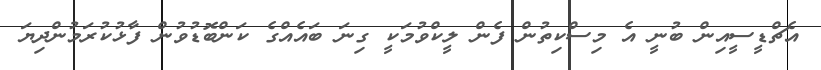
އެޗްޑީސީއިން ބުނީ އެ މިސްކިތުން ފެން ލީކްވުމަކީ ގިނަ ބައެއްގެ ކަންބޮޑުވުން ފާޅުކުރަމުންދިޔަ